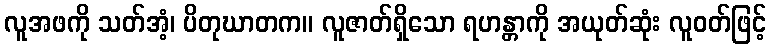
လူအဖကို သတ်အံ့၊ ပိတုဃာတက။ လူဇာတ်ရှိသော ရဟန္တာကို အယုတ်ဆုံး လူဝတ်ဖြင့်